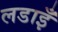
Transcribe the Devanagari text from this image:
लडाइँ